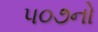
૫૦૭નો